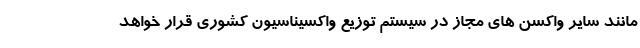
مانند سایر واکسن های مجاز در سیستم توزیع واکسیناسیون کشوری قرار خواهد